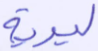
ليريه